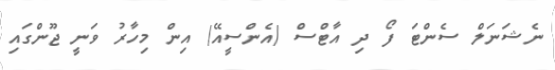
ނެޝަނަލް ސެންޓަ ފޯ ދި އާޓްސް (އެންސީއޭ) އިން މިހާރު ވަނީ ޖޫންގައި